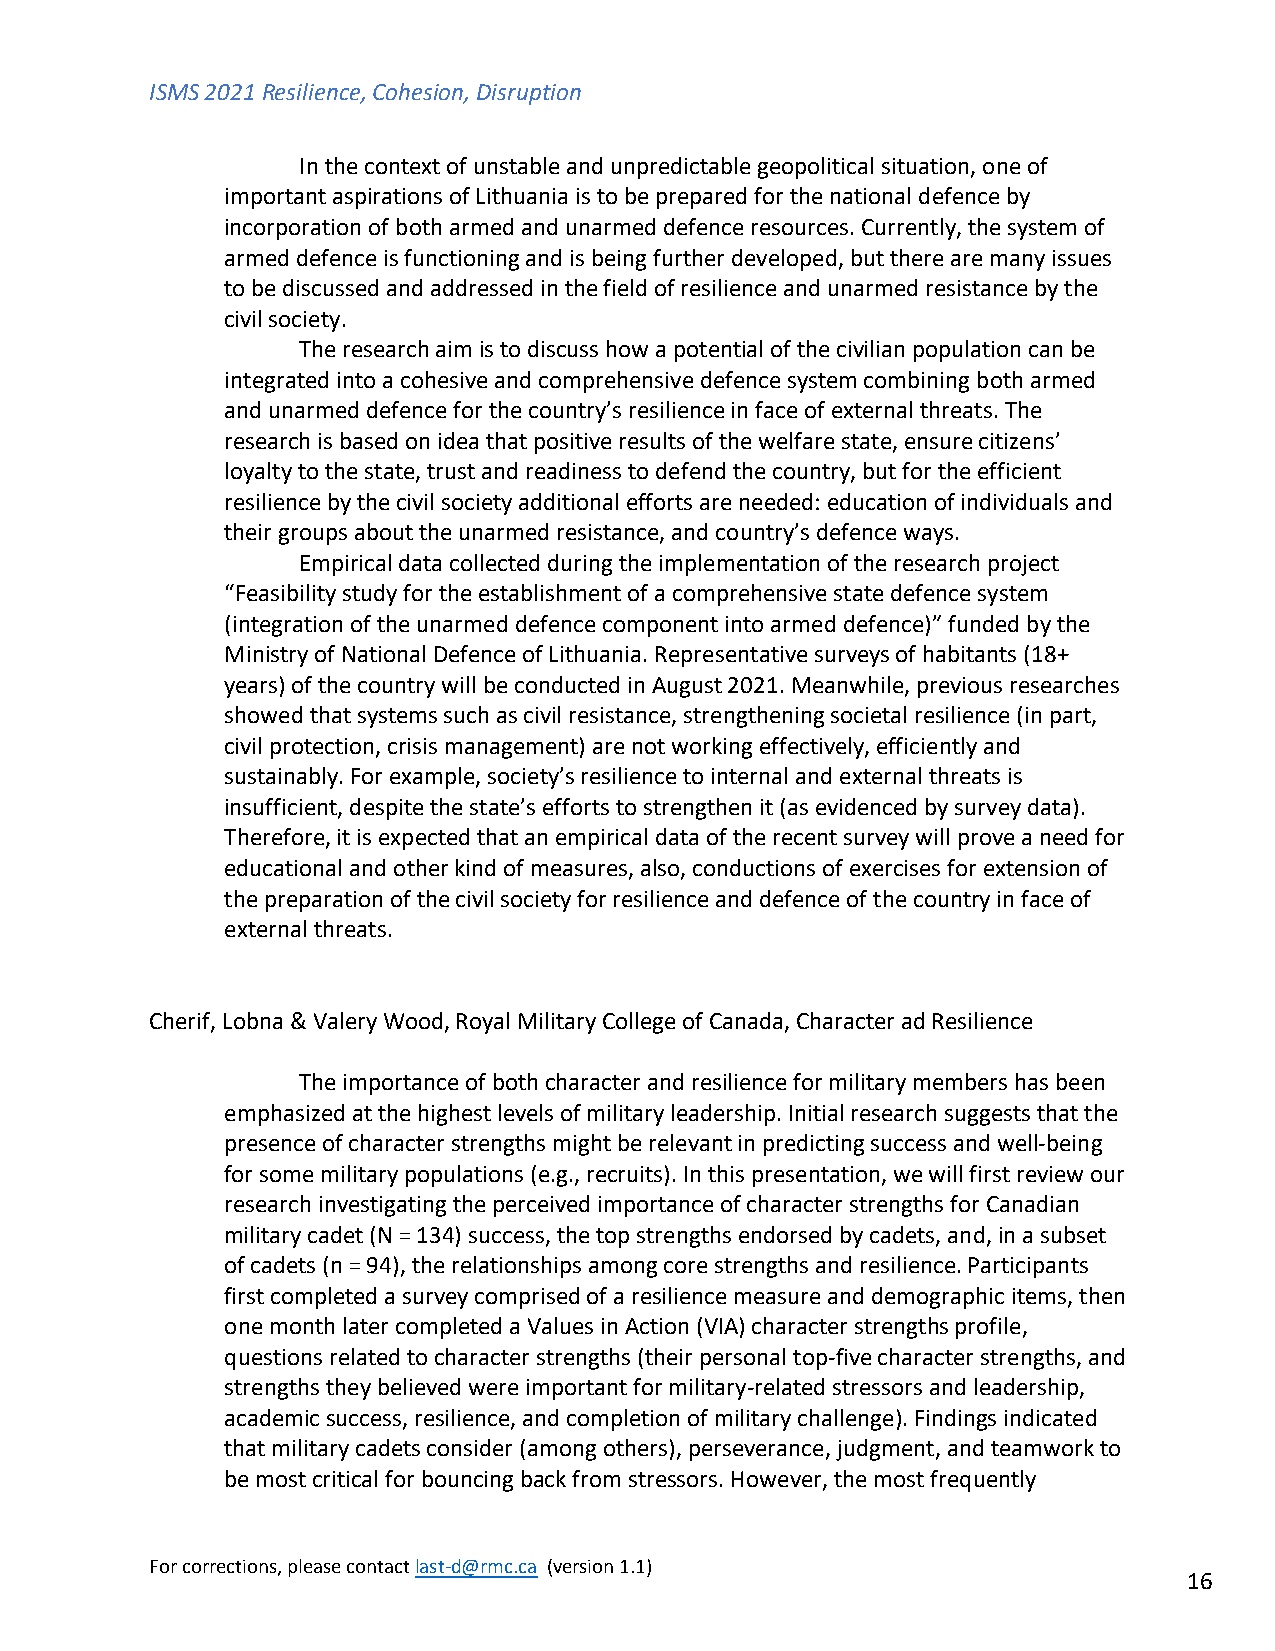
ISMS 2021 Resilience, Cohesion, Disruption
 In the context of unstable and unpredictable geopolitical situation, one of
 important aspirations of Lithuania is to be prepared for the national defence by
 incorporation of both armed and unarmed defence resources. Currently, the system of
 armed defence is functioning and is being further developed, but there are many issues
 to be discussed and addressed in the field of resilience and unarmed resistance by the
 civil society.
 The research aim is to discuss how a potential of the civilian population can be
 integrated into a cohesive and comprehensive defence system combining both armed
 and unarmed defence for the country’s resilience in face of external threats. The
 research is based on idea that positive results of the welfare state, ensure citizens’
 loyalty to the state, trust and readiness to defend the country, but for the efficient
 resilience by the civil society additional efforts are needed: education of individuals and
 their groups about the unarmed resistance, and country’s defence ways.
 Empirical data collected during the implementation of the research project
 “Feasibility study for the establishment of a comprehensive state defence system
 (integration of the unarmed defence component into armed defence)” funded by the
 Ministry of National Defence of Lithuania. Representative surveys of habitants (18+
 years) of the country will be conducted in August 2021. Meanwhile, previous researches
 showed that systems such as civil resistance, strengthening societal resilience (in part,
 civil protection, crisis management) are not working effectively, efficiently and
 sustainably. For example, society’s resilience to internal and external threats is
 insufficient, despite the state’s efforts to strengthen it (as evidenced by survey data).
 Therefore, it is expected that an empirical data of the recent survey will prove a need for
 educational and other kind of measures, also, conductions of exercises for extension of
 the preparation of the civil society for resilience and defence of the country in face of
 external threats.
 Cherif, Lobna & Valery Wood, Royal Military College of Canada, Character ad Resilience
 The importance of both character and resilience for military members has been
 emphasized at the highest levels of military leadership. Initial research suggests that the
 presence of character strengths might be relevant in predicting success and well-being
 for some military populations (e.g., recruits). In this presentation, we will first review our
 research investigating the perceived importance of character strengths for Canadian
 military cadet (N = 134) success, the top strengths endorsed by cadets, and, in a subset
 of cadets (n = 94), the relationships among core strengths and resilience. Participants
 first completed a survey comprised of a resilience measure and demographic items, then
 one month later completed a Values in Action (VIA) character strengths profile,
 questions related to character strengths (their personal top-five character strengths, and
 strengths they believed were important for military-related stressors and leadership,
 academic success, resilience, and completion of military challenge). Findings indicated
 that military cadets consider (among others), perseverance, judgment, and teamwork to
 be most critical for bouncing back from stressors. However, the most frequently
 For corrections, please contact last-d@rmc.ca (version 1.1)
 16